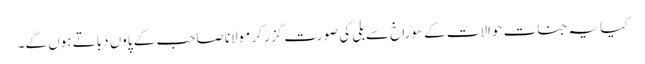
کیا یہ جنات حوالات کے سوراخ سے بلی کی صورت گزر کر مولانا صاحب کے پاوں دباتے ہوں گے۔